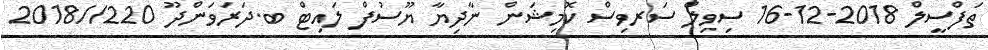
ތަފްސީލް 2018-12-16 ސިވިލް ސަރވިސް ކޮމިޝަން ނާދިޔާ ޔޫސުފް ލައިޓް ބ.ދަރަވަންދޫ 220//2018